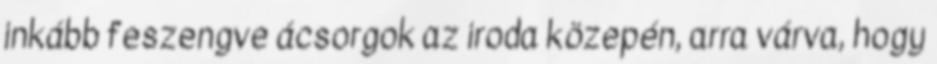
inkább feszengve ácsorgok az iroda közepén, arra várva, hogy